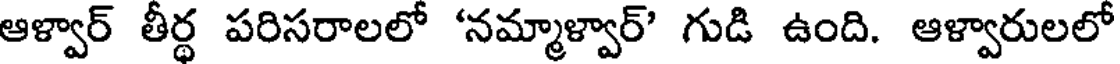
ఆళ్వార్ తీర్థ పరిసరాలలో 'నమ్మాళ్వార్' గుడి ఉంది. ఆళ్వారులలో